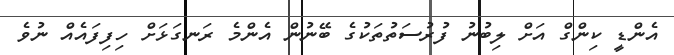
އެންޑީ ކިންގް އަށް ލިބުނު ފުރުސަތުތަކުގެ ބޭނުން އެންމެ ރަނގަޅަށް ހިފިފައެއް ނުވެ